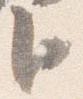
臣